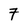
Character: 7